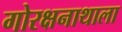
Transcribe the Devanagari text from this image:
गोरक्षनाथाला